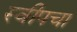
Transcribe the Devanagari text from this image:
स्वीपचा